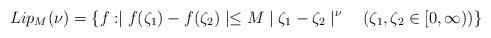
LaTeX: \begin{align*}Lip_{M}(\nu )=\left\{ f:\mid f(\zeta _{1})-f(\zeta _{2})\mid \leq M\mid\zeta _{1}-\zeta _{2}\mid ^{\nu }~~~(\zeta _{1},\zeta _{2}\in \lbrack0,\infty ))\right\} \end{align*}